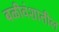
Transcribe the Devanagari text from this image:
बळीवंशातील